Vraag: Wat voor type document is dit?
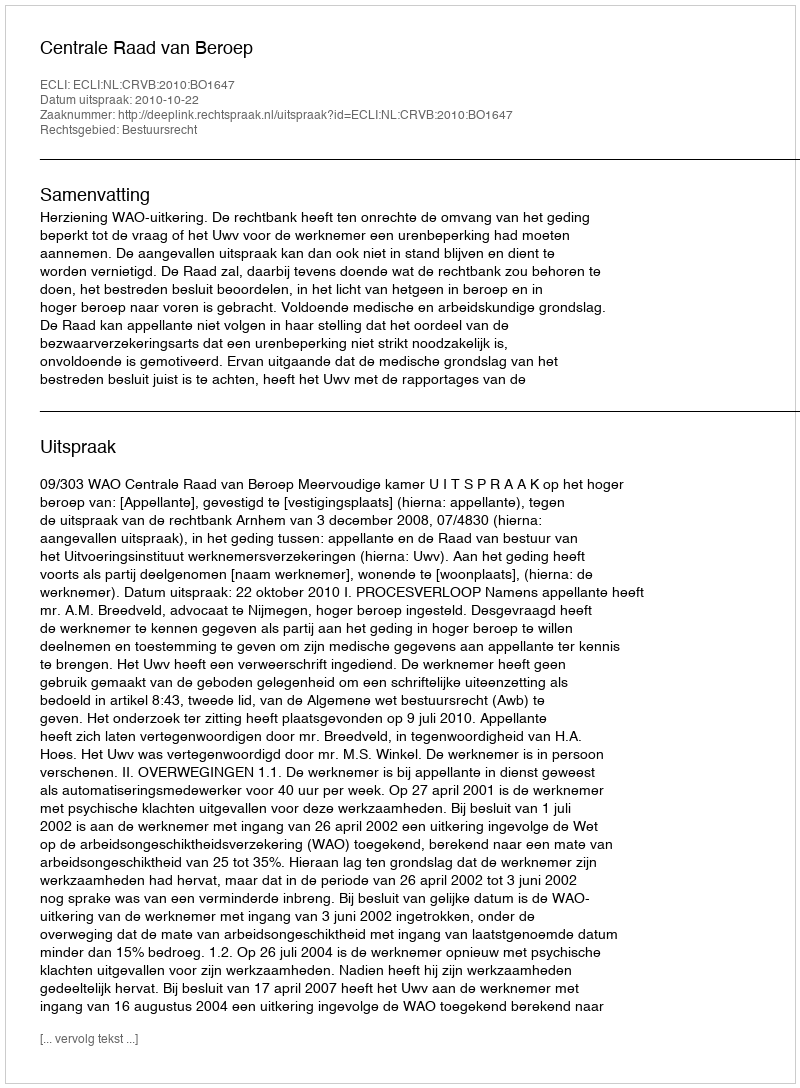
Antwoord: Uitspraak